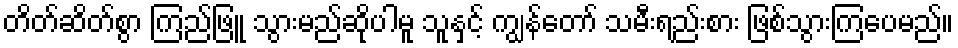
တိတ်ဆိတ်စွာ ကြည်ဖြူ သွားမည်ဆိုပါမူ သူနှင့် ကျွန်တော် သမီးရည်းစား ဖြစ်သွားကြပေမည်။